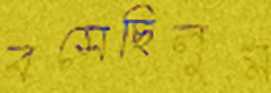
বসেছিলুম